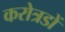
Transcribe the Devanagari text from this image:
करोत्रडों